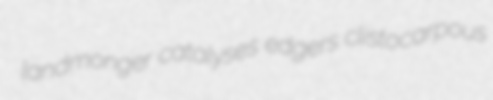
landmonger catalyses edgers clistocarpous